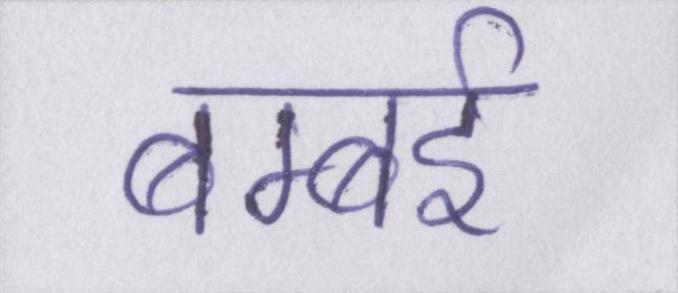
बम्बई